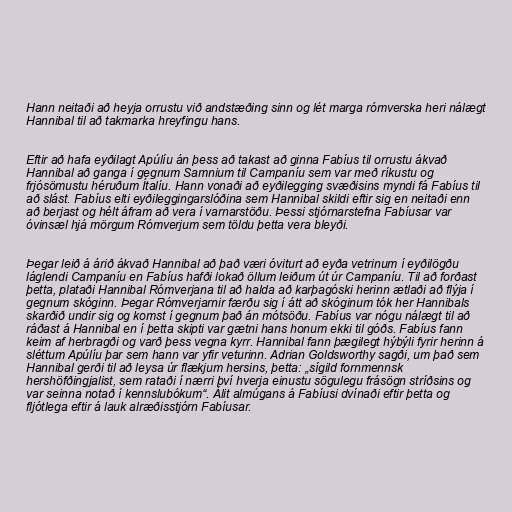
Hann neitaði að heyja orrustu við andstæðing sinn og lét marga rómverska heri nálægt
Hannibal til að takmarka hreyfingu hans.

Eftir að hafa eyðilagt Apúlíu án þess að takast að ginna Fabíus til orrustu ákvað
Hannibal að ganga í gegnum Samnium til Campaníu sem var með ríkustu og
frjósömustu héruðum Ítalíu. Hann vonaði að eyðilegging svæðisins myndi fá Fabíus til
að slást. Fabíus elti eyðileggingarslóðina sem Hannibal skildi eftir sig en neitaði enn
að berjast og hélt áfram að vera í varnarstöðu. Þessi stjórnarstefna Fabíusar var
óvinsæl hjá mörgum Rómverjum sem töldu þetta vera bleyði.

Þegar leið á árið ákvað Hannibal að það væri óviturt að eyða vetrinum í eyðilögðu
láglendi Campaníu en Fabíus hafði lokað öllum leiðum út úr Campaníu. Til að forðast
þetta, plataði Hannibal Rómverjana til að halda að karþagóski herinn ætlaði að flýja í
gegnum skóginn. Þegar Rómverjarnir færðu sig í átt að skóginum tók her Hannibals
skarðið undir sig og komst í gegnum það án mótsöðu. Fabíus var nógu nálægt til að
ráðast á Hannibal en í þetta skipti var gætni hans honum ekki til góðs. Fabíus fann
keim af herbragði og varð þess vegna kyrr. Hannibal fann þægilegt hýbýli fyrir herinn á
sléttum Apúlíu þar sem hann var yfir veturinn. Adrian Goldsworthy sagði, um það sem
Hannibal gerði til að leysa úr flækjum hersins, þetta: „sígild fornmennsk
hershöfðingjalist, sem rataði í nærri því hverja einustu sögulegu frásögn stríðsins og
var seinna notað í kennslubókum“. Álit almúgans á Fabíusi dvínaði eftir þetta og
fljótlega eftir á lauk alræðisstjórn Fabíusar.